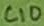
Text: C10